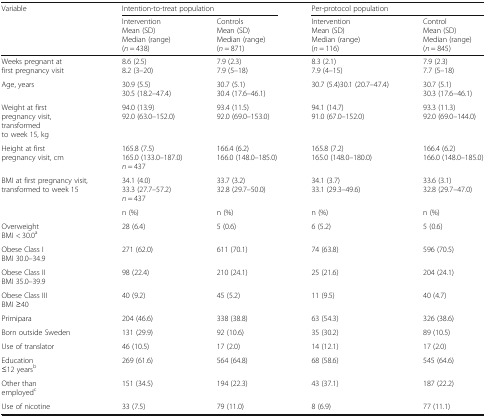
<table><thead><tr><td><b>Variable</b></td><td colspan="2"><b>Intention-to-treat population</b></td><td colspan="2"><b>Per-protocol population</b></td></tr><tr><td></td><td><b>InterventionMean (SD)Median (range)(<i>n</i> = 438)</b></td><td><b>ControlsMean (SD)Median (range)(<i>n</i> = 871)</b></td><td><b>InterventionMean (SD)Median (range)(<i>n</i> = 116)</b></td><td><b>ControlMean (SD)Median (range)(<i>n</i> = 845)</b></td></tr></thead><tbody><tr><td>Weeks pregnant at first pregnancy visit</td><td>8.6 (2.5)8.2 (3–20)</td><td>7.9 (2.3)7.9 (5–18)</td><td>8.3 (2.1)7.9 (4–15)</td><td>7.9 (2.3)7.7 (5–18)</td></tr><tr><td>Age, years</td><td>30.9 (5.5)30.5 (18.2–47.4)</td><td>30.7 (5.1)30.4 (17.6–46.1)</td><td>30.7 (5.4)30.1 (20.7–47.4)</td><td>30.7 (5.1)30.3 (17.6–46.1)</td></tr><tr><td>Weight at first pregnancy visit, transformedto week 15, kg</td><td>94.0 (13.9)92.0 (63.0–152.0)</td><td>93.4 (11.5)92.0 (69.0–153.0)</td><td>94.1 (14.7)91.0 (67.0–152.0)</td><td>93.3 (11.3)92.0 (69.0–144.0)</td></tr><tr><td>Height at first pregnancy visit, cm</td><td>165.8 (7.5)165.0 (133.0–187.0)<i>n</i> = 437</td><td>166.4 (6.2)166.0 (148.0–185.0)</td><td>165.8 (7.2)165.0 (148.0–180.0)</td><td>166.4 (6.2)166.0 (148.0–185.0)</td></tr><tr><td>BMI at first pregnancy visit, transformed to week 15</td><td>34.1 (4.0)33.3 (27.7–57.2)<i>n</i> = 437</td><td>33.7 (3.2)32.8 (29.7–50.0)</td><td>34.1 (3.7)33.1 (29.3–49.6)</td><td>33.6 (3.1)32.8 (29.7–47.0)</td></tr><tr><td></td><td>n (%)</td><td>n (%)</td><td>n (%)</td><td>n (%)</td></tr><tr><td>OverweightBMI &lt; 30.0<sup>a</sup></td><td>28 (6.4)</td><td>5 (0.6)</td><td>6 (5.2)</td><td>5 (0.6)</td></tr><tr><td>Obese Class IBMI 30.0–34.9</td><td>271 (62.0)</td><td>611 (70.1)</td><td>74 (63.8)</td><td>596 (70.5)</td></tr><tr><td>Obese Class IIBMI 35.0–39.9</td><td>98 (22.4)</td><td>210 (24.1)</td><td>25 (21.6)</td><td>204 (24.1)</td></tr><tr><td>Obese Class IIIBMI ≥40</td><td>40 (9.2)</td><td>45 (5.2)</td><td>11 (9.5)</td><td>40 (4.7)</td></tr><tr><td>Primipara</td><td>204 (46.6)</td><td>338 (38.8)</td><td>63 (54.3)</td><td>326 (38.6)</td></tr><tr><td>Born outside Sweden</td><td>131 (29.9)</td><td>92 (10.6)</td><td>35 (30.2)</td><td>89 (10.5)</td></tr><tr><td>Use of translator</td><td>46 (10.5)</td><td>17 (2.0)</td><td>14 (12.1)</td><td>17 (2.0)</td></tr><tr><td>Education≤12 years<sup>b</sup></td><td>269 (61.6)</td><td>564 (64.8)</td><td>68 (58.6)</td><td>545 (64.6)</td></tr><tr><td>Other thanemployed<sup>c</sup></td><td>151 (34.5)</td><td>194 (22.3)</td><td>43 (37.1)</td><td>187 (22.2)</td></tr><tr><td>Use of nicotine</td><td>33 (7.5)</td><td>79 (11.0)</td><td>8 (6.9)</td><td>77 (11.1)</td></tr></tbody></table>